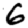
Digit: 6